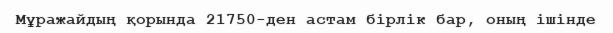
Мұражайдың қорында 21750-ден астам бірлік бар, оның ішінде